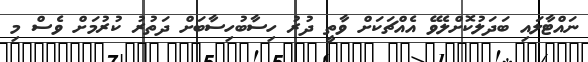
ނައްޓާލައި ބަދަލުކޮށްލެވޭ އެއްޗަކަށް ވާތީ ދުރު ހިސާބުހިސާބަށް ދަތުރު ކުރުމަށް ވެސް މި